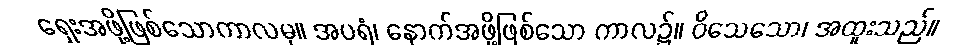
ရှေးအဖို့ဖြစ်သောကာလမှ။ အပရံ၊ နောက်အဖို့ဖြစ်သော ကာလ၌။ ဝိသေသော၊ အထူးသည်။